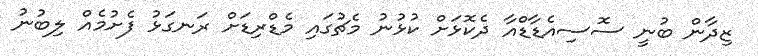
ޒިދާން ބުނީ ސޮސިއެޑާޑްއާ ދެކޮޅަށް ކުޅުނު މެޗުގައި މެޑްރިޑަށް ރަނގަޅު ފެށުމެއް ލިބުނު